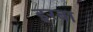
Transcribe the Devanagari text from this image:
इरबा